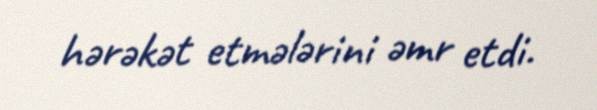
hərəkət etmələrini əmr etdi.